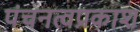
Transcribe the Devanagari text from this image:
पंचनत्वप्रकाश